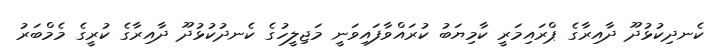
ކެނދިކުޅުދޫ ދާއިރާގެ ޕްރައިމަރީ ކާމިޔަބު ކުރައްވާފައިވަނީ މަޖިލީހުގެ ކެނދުކުޅުދޫ ދާއިރާގެ ކުރީގެ މެމްބަރު